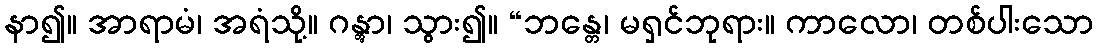
နာ၍။ အာရာမံ၊ အရံသို့။ ဂန္တွာ၊ သွား၍။ “ဘန္တေ၊ မရှင်ဘုရား။ ကာလော၊ တစ်ပါးသော